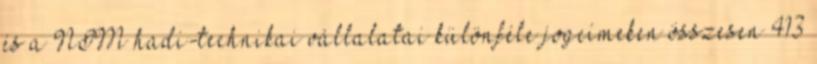
és a NIM hadi-technikai vállalatai különféle jogcímeken összesen 413